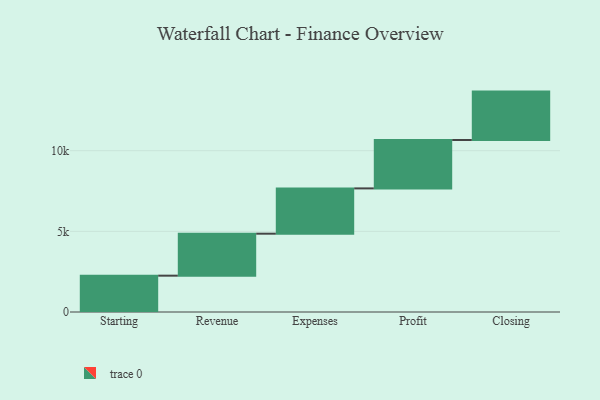
{"axis": {"x": "Step", "y": "Value"}, "legend": [""], "data": [{"x": "Starting", "y": 2252.0, "type": ""}, {"x": "Revenue", "y": 2602.0, "type": ""}, {"x": "Expenses", "y": 2807.0, "type": ""}, {"x": "Profit", "y": 3000, "type": ""}, {"x": "Closing", "y": 3000, "type": ""}]}